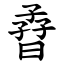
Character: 孴